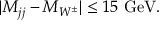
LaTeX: | M _ { j j } - M _ { W ^ { \pm } } | \le 1 5 \ \mathrm { G e V } .